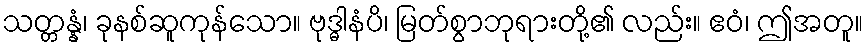
သတ္တန္နံ၊ ခုနစ်ဆူကုန်သော။ ဗုဒ္ဓါနံပိ၊ မြတ်စွာဘုရားတို့၏ လည်း။ ဧဝံ၊ ဤအတူ။